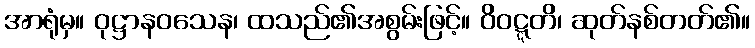
အာရုံမှ။ ဝုဋ္ဌာနဝသေန၊ ထသည်၏အစွမ်းဖြင့်။ ဝိဝဋ္ဋတိ၊ ဆုတ်နစ်တတ်၏။